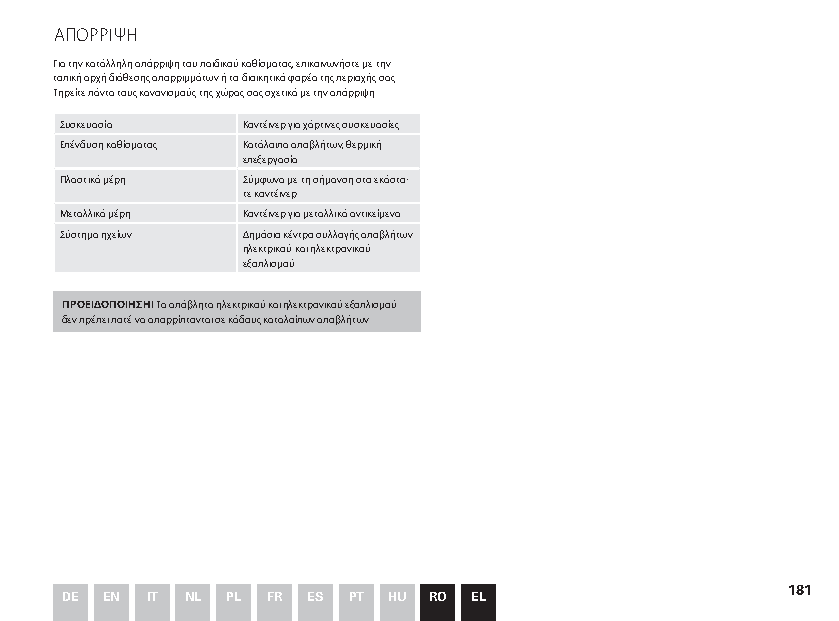
ΆΠΟΡΡΙΨΗ
 Για την κατάλληλη απόρριψη του παιδικού καθίσματος, επικοινωνήστε με την
 τοπική αρχή διάθεσης απορριμμάτων ή το διοικητικό φορέα της περιοχής σας.
 Τηρείτε πάντα τους κανονισμούς της χώρας σας σχετικά με την απόρριψη.
 Συσκευασία  Κοντέινερ για χάρτινες συσκευασίες
 Επένδυση καθίσματος Κατάλοιπα αποβλήτων, θερμική
 επεξεργασία
 Πλαστικά μέρη Σύμφωνα με τη σήμανση στο εκάστο-
 τε κοντέινερ
 Μεταλλικά μέρη Κοντέινερ για μεταλλικά αντικείμενα
 Σύστημα ηχείων Δημόσιο κέντρο συλλογής αποβλήτων
 ηλεκτρικού και ηλεκτρονικού
 εξοπλισμού
 ΠΡΟΕΙΔΟΠΟΙΗΣΗ! Τα απόβλητα ηλεκτρικού και ηλεκτρονικού εξοπλισμού
 δεν πρέπει ποτέ να απορρίπτονται σε κάδους καταλοίπων αποβλήτων.
 181
 DE EN IT NL PL FR ES PT HU RO EL